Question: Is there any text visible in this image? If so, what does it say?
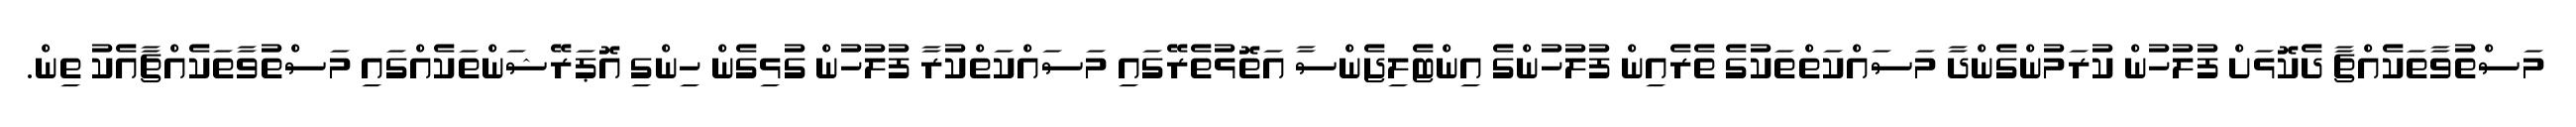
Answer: މަސްތުވާތަކެއްޗާ ދެކޮޅަށް ފުލުހުން ކުރަމުންގެންދާ މަސައްކަތްތަކުގެ ތެރެއިން ފުލުހުންގެ އިންޓެލިޖެންސާ އަތޮޅުތެރޭގައި މަސައްކަތްކުރާ ފުލުހުން ގުޅިގެން ހިންގި އޮޕަރޭޝަންތަކެއްގައި މަސްތުވާތަކެއްޗާއެކު ތިން.